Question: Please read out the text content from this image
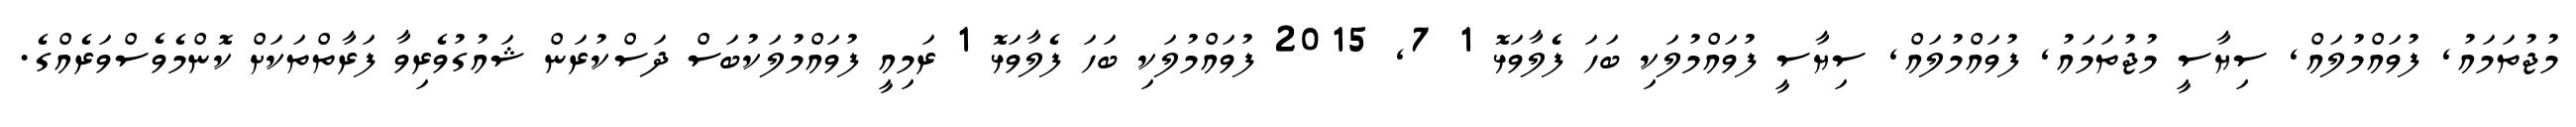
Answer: މުޖުތަމައު, ފުވައްމުލައް, ސިޔާސީ މުޖުތަމައު, ފުވައްމުލައް, ސިޔާސީ ފުވައްމުލަކި ބަހަ ފެލާވަޅޮ 1 7, 2015 ފުވައްމުލަކި ބަހަ ފެލާވަޅޮ 1 ރަމިއީ ފުވައްމުލަކުބަސް ދަސްކުރަން ޝައުގުވެރިވާ ފަރާތްތަކަށް ކޮންމެވެސްވަރެއްގެ.